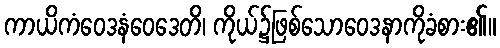
ကာယိကံဝေဒနံဝေဒေတိ၊ ကိုယ်၌ဖြစ်သောဝေဒနာကိုခံစား၏။